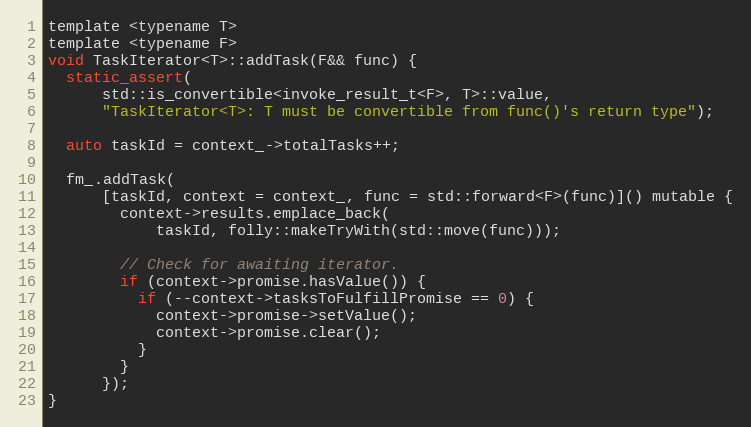
Language: C
template <typename T>
template <typename F>
void TaskIterator<T>::addTask(F&& func) {
  static_assert(
      std::is_convertible<invoke_result_t<F>, T>::value,
      "TaskIterator<T>: T must be convertible from func()'s return type");

  auto taskId = context_->totalTasks++;

  fm_.addTask(
      [taskId, context = context_, func = std::forward<F>(func)]() mutable {
        context->results.emplace_back(
            taskId, folly::makeTryWith(std::move(func)));

        // Check for awaiting iterator.
        if (context->promise.hasValue()) {
          if (--context->tasksToFulfillPromise == 0) {
            context->promise->setValue();
            context->promise.clear();
          }
        }
      });
}